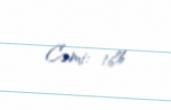
Cəmi: 16%